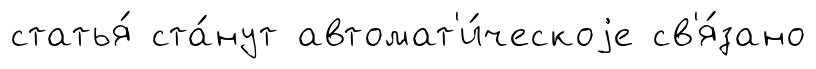
статья́ ста́нут автомат'и́ческоjе св'я́зано